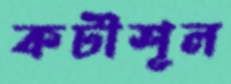
কটীশূল